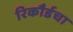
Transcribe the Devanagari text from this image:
रिकौर्डचा